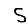
Digit: 5